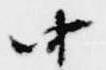
中